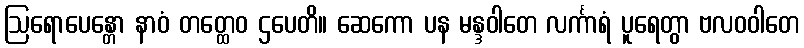
ဩရောပေန္တော နာဝံ တတ္ထေဝ ဌပေတိ။ ဆေကော ပန မန္ဒဝါတေ လင်္ကာရံ ပူရေတွာ ဗလဝဝါတေ